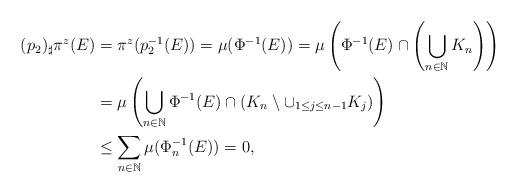
LaTeX: \begin{align*} (p_2)_\sharp \pi^z(E)&=\pi^z(p^{-1}_2(E))=\mu(\Phi^{-1}(E))=\mu\left(\Phi^{-1}(E)\cap \left(\bigcup_{n\in\mathbb{N}}K_n\right)\right)\\ &=\mu\left(\bigcup_{n\in\mathbb{N}}\Phi^{-1}(E)\cap\left(K_n\setminus \cup_{1\leq j\leq n-1}K_j\right)\right)\\ &\leq \sum_{n\in\mathbb{N}}\mu(\Phi_n^{-1}(E))=0, \end{align*}